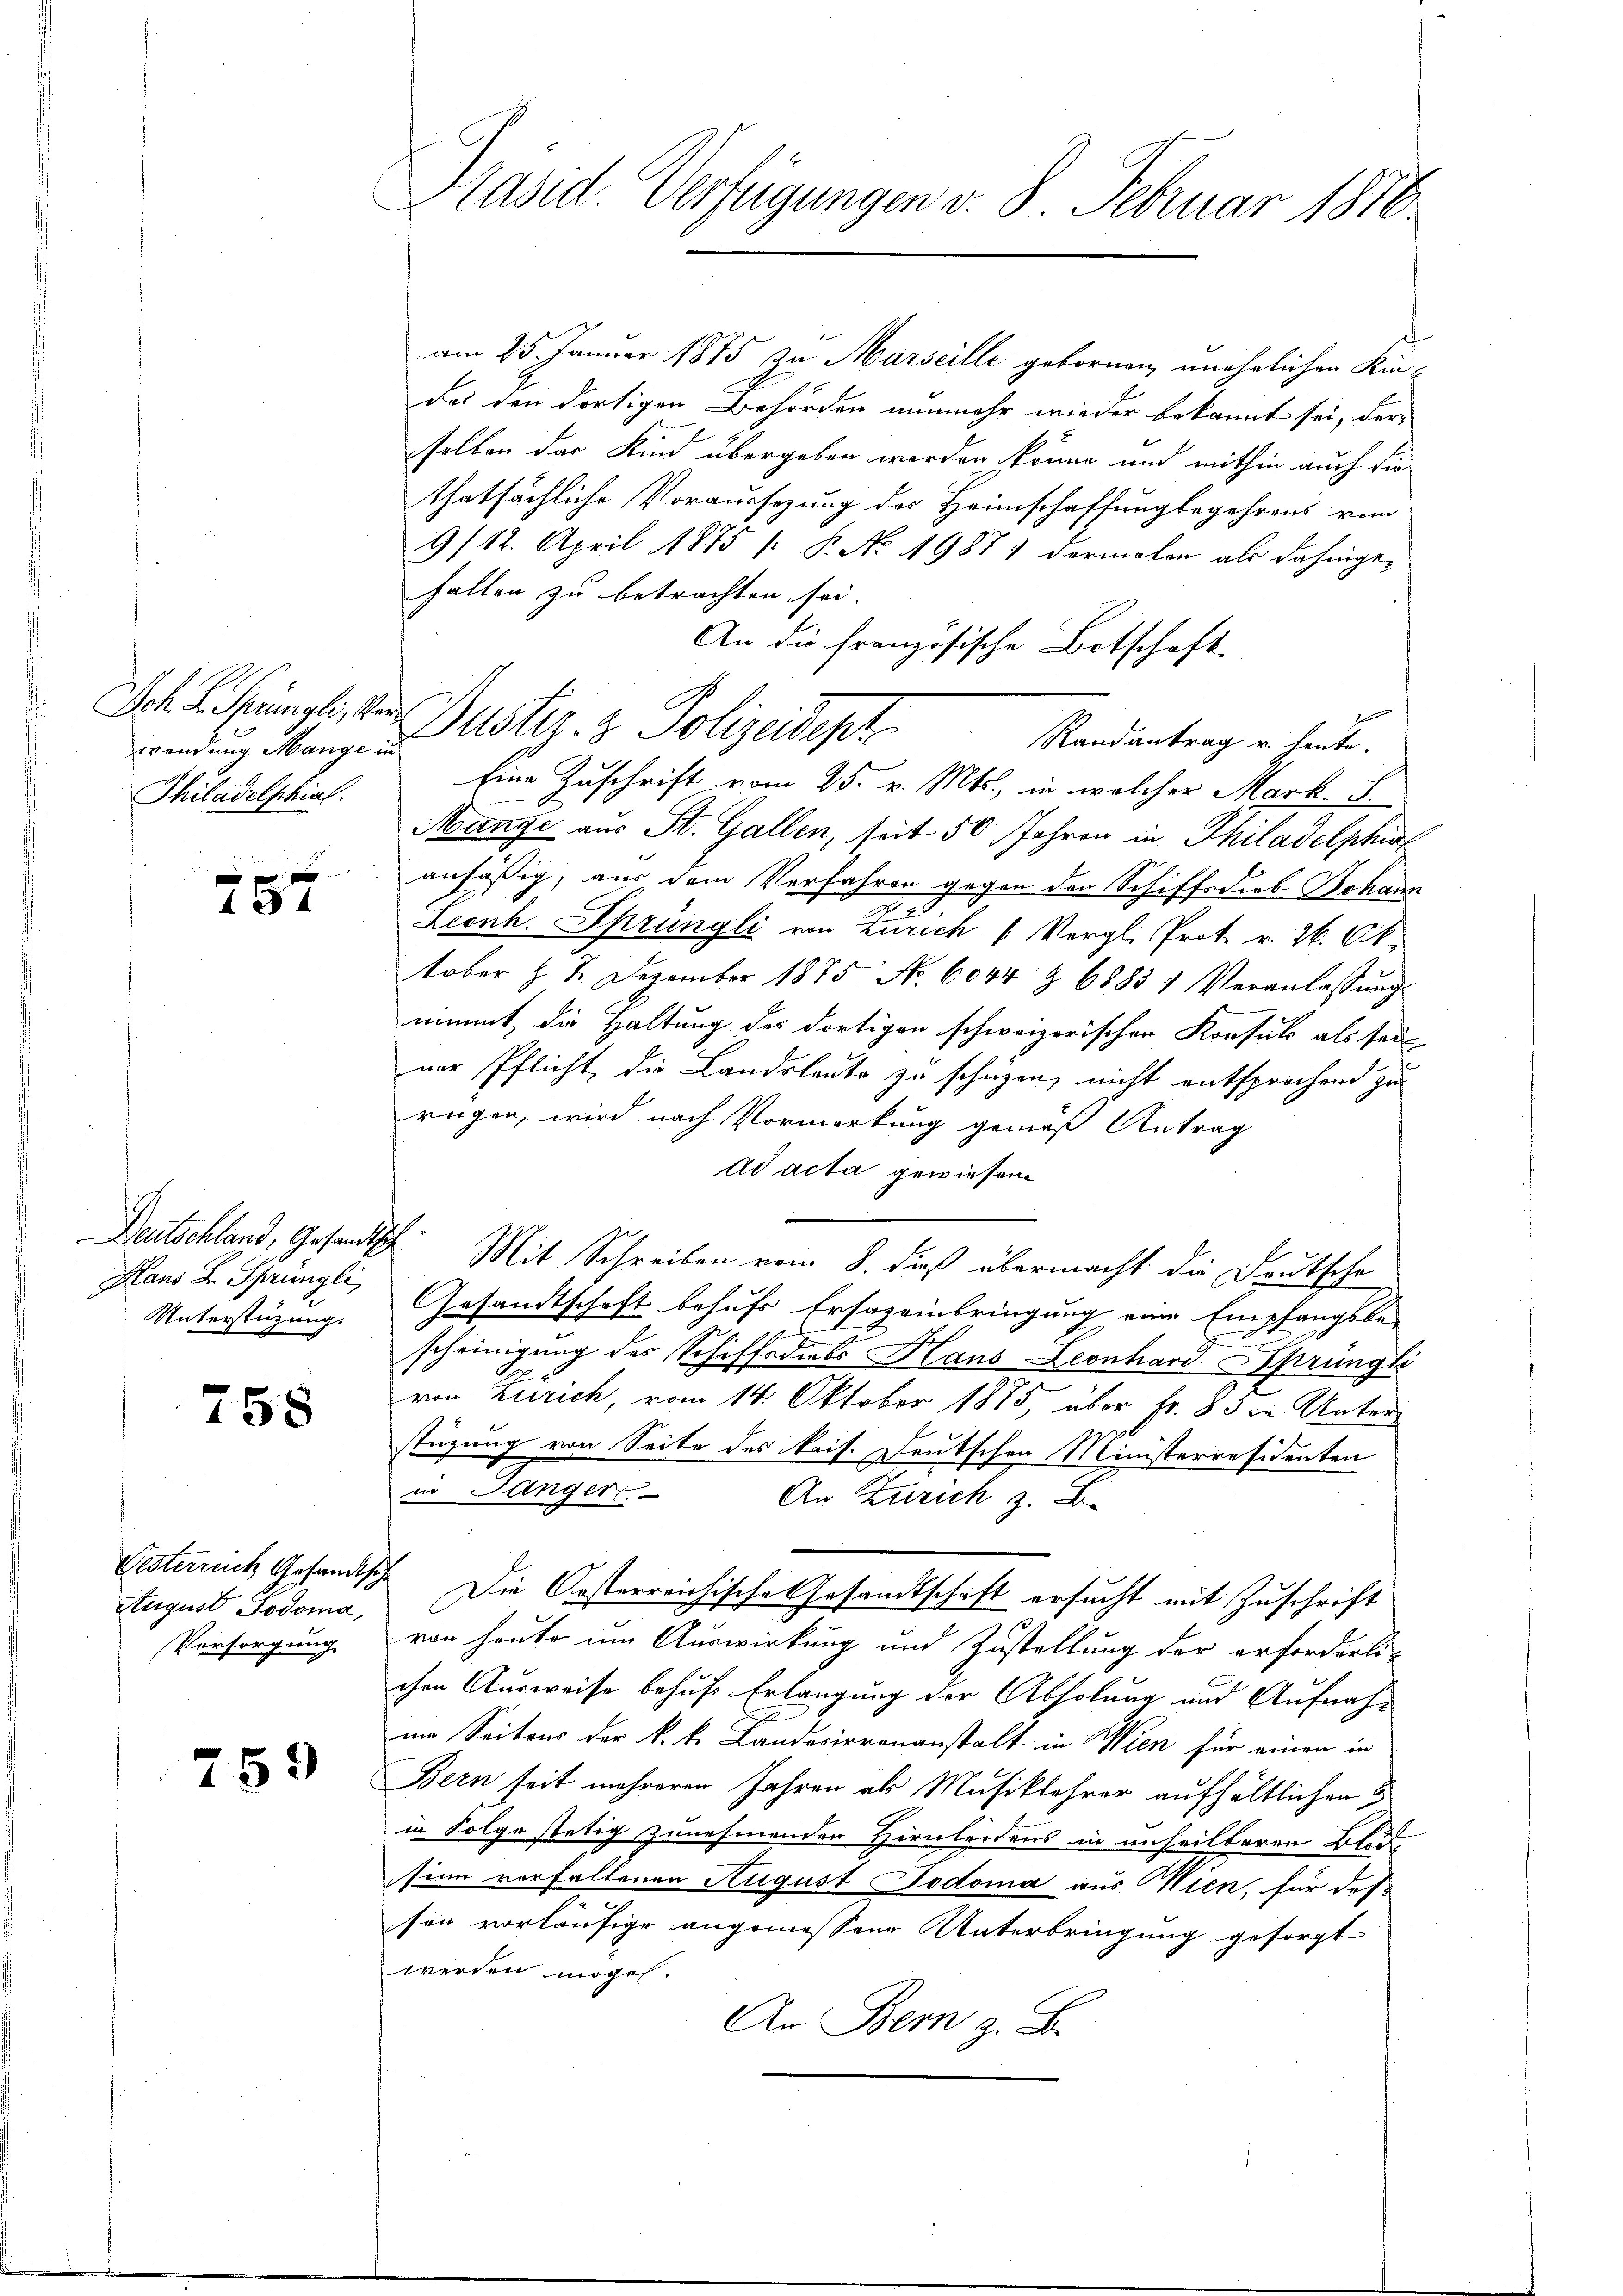
Jch. L. Sprüngli, Verwendung Mange in
Thiladelphial.

757

Deutschland, Gesandtsch
Hans Dr. Sprüngli
Unterstüzung.

758

Oesterrich Gesandts
August Podoma
Versorgung

759

Präsid. Verfügungen v. 8. Februar 1810.

am 25. Januar 1875 zu Marseille gebornen, unehrlichen Kindas den dortigen Behörden nunmehr wieder bekannt sei, der
selben das Kind übergeben worden könne und mithin auch die
thatsächliche Voraussezung des Heimschaffung begehrens vom
9/12. April 1875 [ P. No. 19871 vormalen als dahinge-
fallen zu betrachten sei.
An die französische Botschaft.
Randantrag u. heute.
Eine Zuschrift vom 25. v. Mts., in welcher Mark. S
Mange aus St. Gallen, seit 50 Jahren in Philadelphirt
ansäßig, aus dem Verfahren gegen der Schiffsdiob Johann
Leonh. Sprüngli von Zürich (Vergl. Prot. v. 26. Ok
tober §. 2. Dezember 1875. No. 6044 & 68831 Veranlassung
nimmt die Haltung des dortigen schweizerischen Konsuls als sein
ner Pflicht, die Landsleute zu schüzen, nicht entsprochend zu
rügen, wird nach Vormerkung gemäß Antrag
ad acta gewiesen
Mit Schreiben vom 8. dieß übermacht die Deutsche
Gesandtschaft behufs Ersageinbringung eine Empfangsbe-
n
scheinigung des Schiffsdiebs Haus Leonhard Sprüngli
.
von Zürich, vom 14. Oktober 1875, über Fr. 83 in Unterstüzung von Seite des kais. Deutschen Ministerräsidenten
in Länger
An Zürich z. B.
Die Oesterreichische Gesandtschaft ersucht mit Zuschrift
von heute im Auswirkung und Zustellung der erforderli-
ihre Ausweise behufs Erlangung der Abholung und Aufnahim Seitens der k. k. Landwirrenanstalt in Wien für einen in
Bern seit mehreren Jahren als Musiklehrer aufhältlichen
in Folge stetig zunehmenden Hirnleidens in unheilbaren Blu
sinn vorfallenen August Todoma aus Wien, für des
e
sen vorläufige angemessene Unterbringung gesorgt
werden mögen.
An Bern z. B.

Duster. 3 Polizeidigt